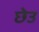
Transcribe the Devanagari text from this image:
छेउ